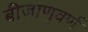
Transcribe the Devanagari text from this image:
बीजाणुवर्ण